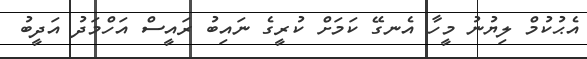
އެޙުކުމް ލިޔުނު މީހާ އެނގޭ ކަމަށް ކުރީގެ ނައިބު ރައީސް އަހްމަދު އަދީބު